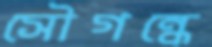
সৌগন্ধে